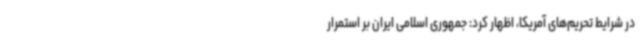
در شرایط تحریم‌های آمریکا، اظهار کرد: جمهوری اسلامی ایران بر استمرار